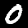
Digit: 0